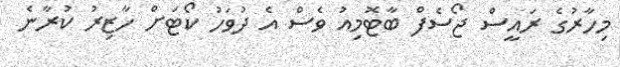
މިހާރުގެ ރައީސް ޖޯސެފް ބާޓޮމިއު ވެސް އެ ދުވަހު ކޯޓަށް ހާޒިރު ކުރާނެ